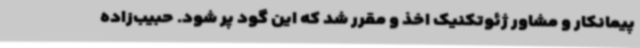
پیمانکار و مشاور ژئوتکنیک اخذ و مقرر شد که این گود پر شود. حبیب‌زاده